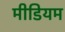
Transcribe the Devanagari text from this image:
मीडियम